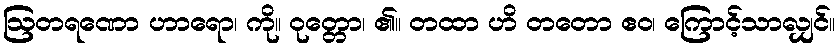
ဩတရဏော ဟာရော၊ ကို။ ဝုတ္တော၊ ၏။ တထာ ဟိ တတော ဧဝ၊ ကြောင့်သာလျှင်။